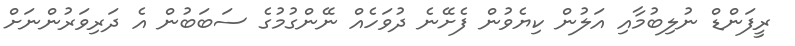
ރީފަންޑް ނުލިބުމާއި އަލުން ކިޔެވުން ފެށޭނެ ދުވަހެއް ނޭންގުމުގެ ސަބަބުން އެ ދަރިވަރުންނަށް